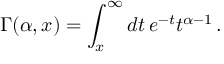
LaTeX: \Gamma ( \alpha , x ) = \int _ { x } ^ { \infty } d t \, e ^ { - t } t ^ { \alpha - 1 } \, .